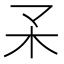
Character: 𣎼